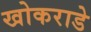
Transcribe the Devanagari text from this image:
खोकराडे